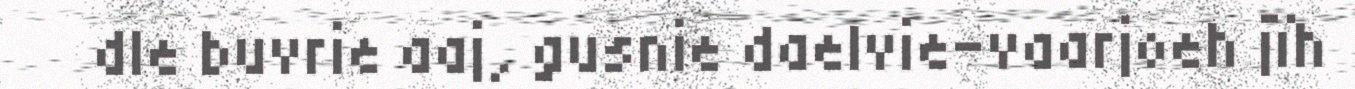
dle buvrie aaj, gusnie daelvie-vaarjoeh jïh